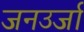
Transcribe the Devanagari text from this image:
जनउर्जा